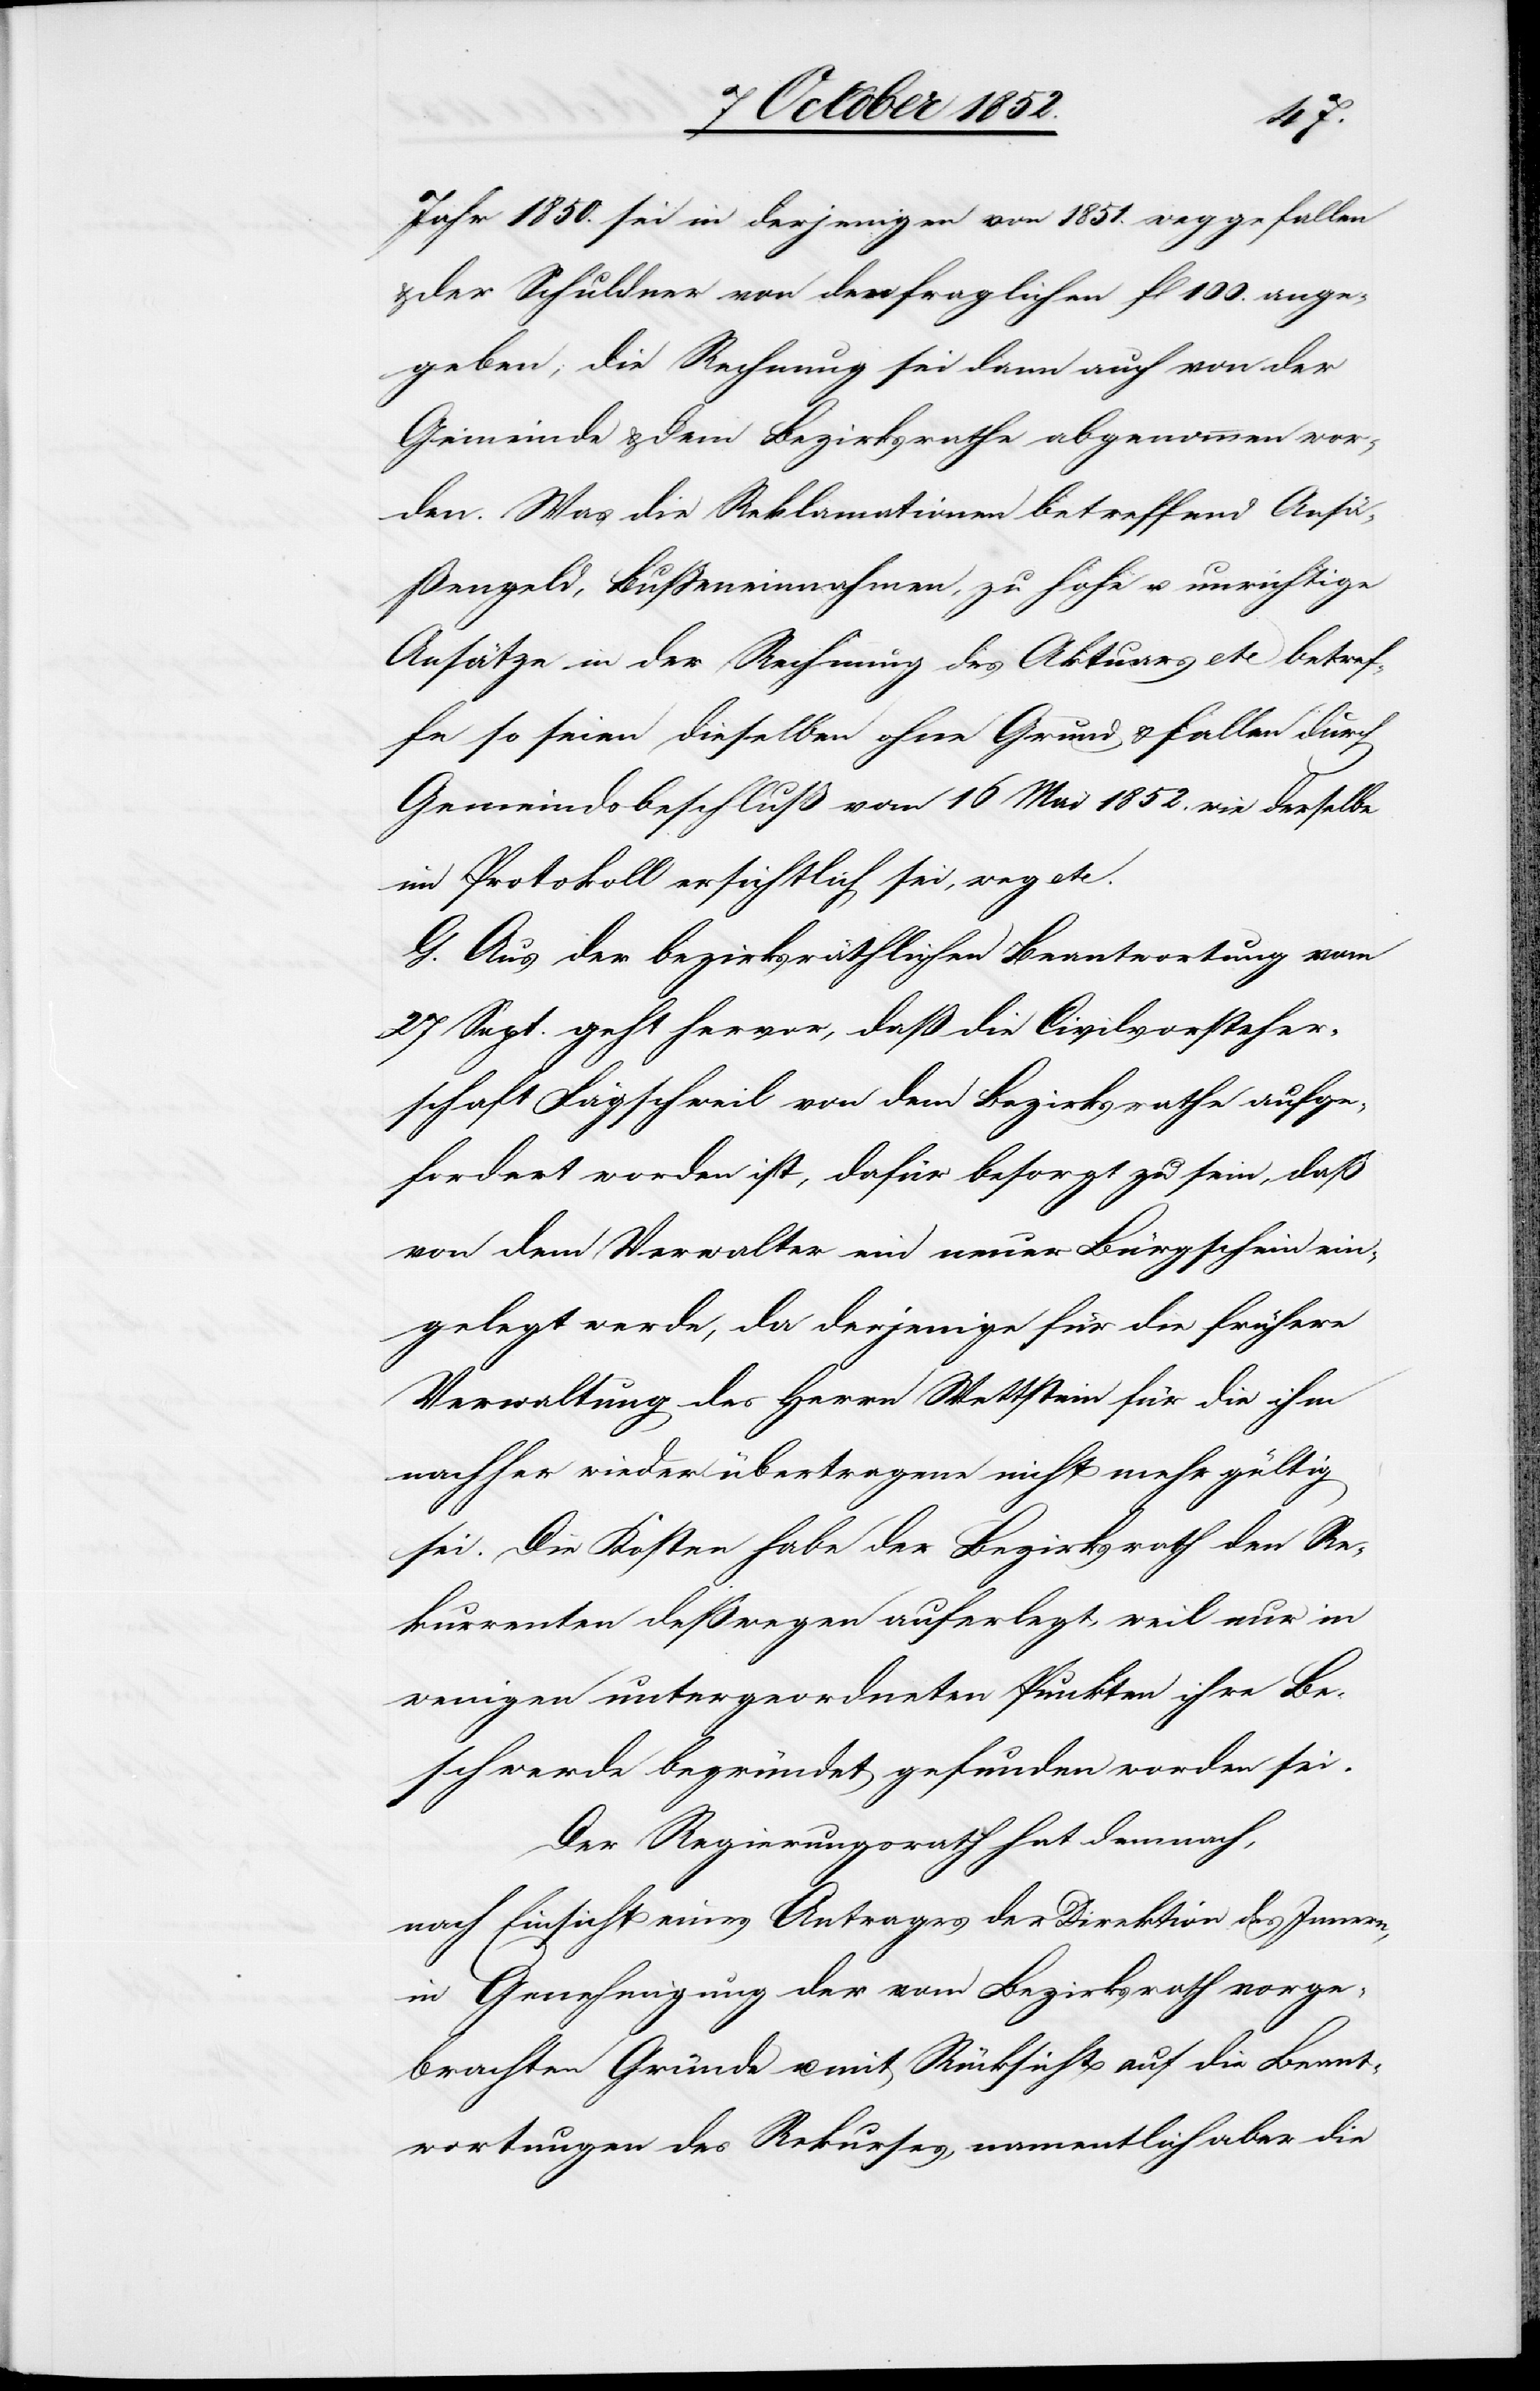
Jahr 1850. sei in derjenigen von 1851. weggefallen
der Schuldner von den fraglichen fl 100. ange¬
geben, die Rechnung sei dann auch von der
Gemeinde & dem Bezirksrathe abgenommen wor¬
den. Was die Reklamationen betreffend Ansä¬
ßengeld, Bußeneinnahmen, zu hohe u. unrichtige
Ansätze in der Rechnung des Aktuars etc betref¬
fe so seien dieselben ohne Grund & fallen durch
Gemeindsbeschluß vom 16 Mai 1852. wie derselbe
im Protokoll ersichtlich sei, weg etc.
G. Aus der bezirksräthlichen Beantwortung vom
27 Sept. geht hervor, daß die Civilvorsteher¬
schaft Fägschweil von dem Bezirksrathe aufge¬
fordert worden ist, dafür besorgt zu sein, daß
von dem Verwalter ein neuer Bürgschein ein¬
gelegt werde, da derjenige für die frühere
Verwaltung des Herrn Wettstein für die ihm
nachher wieder übertragene nicht mehr gültig
sei. Die Kosten habe der Bezirksrath den Re¬
kurrenten deßwegen auferlegt, weil nur in
wenigen untergeordneten Punkten ihre Be¬
schwerde begründet gefunden worden sei.
Der Regierungsrath hat demnach,
nach Einsicht eines Antrages der Direktion des Innern,
in Genehmigung der vom Bezirksrath vorge¬
brachten Gründe u. mit Rücksicht auf die Beant¬
wortungen des Rekurses, namentlich aber die